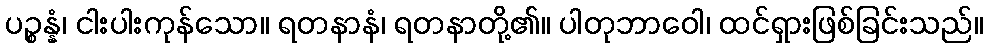
ပဉ္စန္နံ၊ ငါးပါးကုန်သော။ ရတနာနံ၊ ရတနာတို့၏။ ပါတုဘာဝေါ၊ ထင်ရှားဖြစ်ခြင်းသည်။